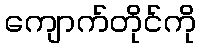
ကျောက်တိုင်ကို